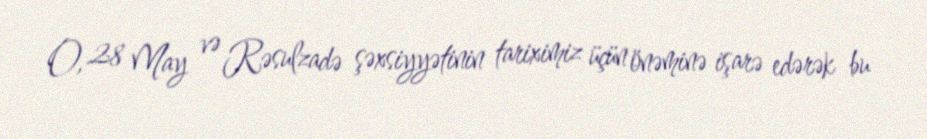
O, 28 May və Rəsulzadə şəxsiyyətinin tariximiz üçün önəminə işarə edərək bu